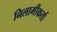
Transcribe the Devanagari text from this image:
निलामीकर्ता